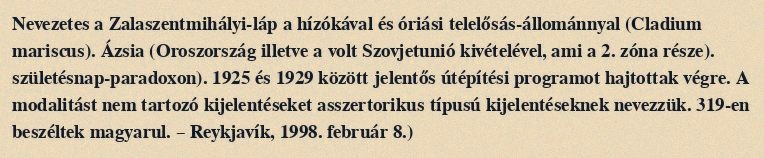
Nevezetes a Zalaszentmihályi-láp a hízókával és óriási telelősás-állománnyal (Cladium mariscus). Ázsia (Oroszország illetve a volt Szovjetunió kivételével, ami a 2. zóna része). születésnap-paradoxon). 1925 és 1929 között jelentős útépítési programot hajtottak végre. A modalitást nem tartozó kijelentéseket asszertorikus típusú kijelentéseknek nevezzük. 319-en beszéltek magyarul. – Reykjavík, 1998. február 8.)